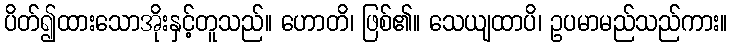
ပိတ်၍ထားသောအိုးနှင့်တူသည်။ ဟောတိ၊ ဖြစ်၏။ သေယျထာပိ၊ ဥပမာမည်သည်ကား။